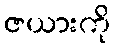
ဇယားကို